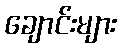
ချောင်းများ